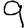
Digit: 9